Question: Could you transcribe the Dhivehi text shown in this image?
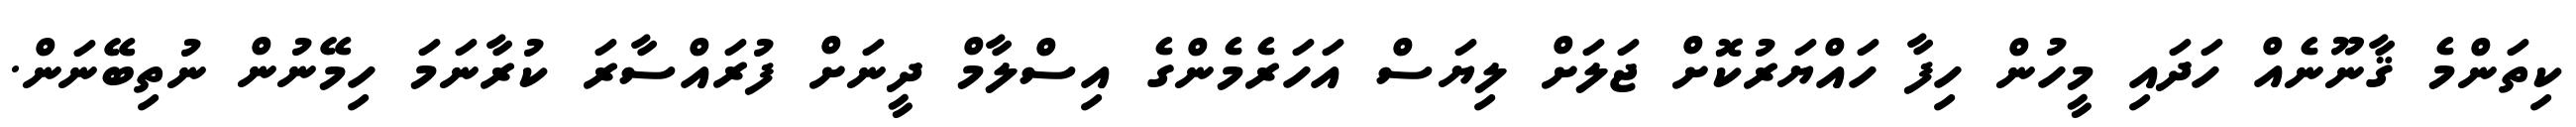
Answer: ކިތަންމެ ޤާނޫނެއް ހަދައި މީހުން ހިފާ ހައްޔަރުކޮށް ޖަލަށް ލިޔަސް އަހަރެމެންގެ އިސްލާމް ދީނަށް ފުރައްސާރަ ކުރާނަމަ ހިމޭނުން ނުތިބޭނަން.